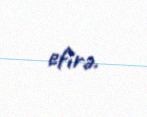
efirə.